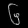
Digit: ၆